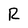
Character: R